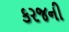
કરજની